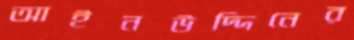
আইনউদ্দিনের